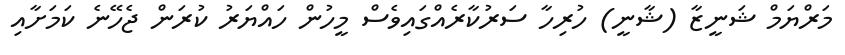
މަރްޔަމް ޝަނީޒާ (ޝާނީ) ހުރިހާ ސަރުކާރެއްގައިވެސް މީހުން ހައްޔަރު ކުރަން ޖެހޭނެ ކަމަށާއި